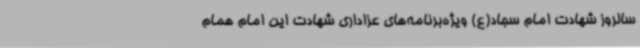
سالروز شهادت امام سجاد(ع) ویژه‌برنامه‌های عزاداری شهادت این امام همام